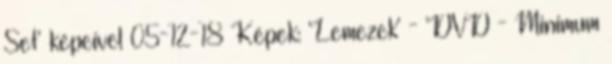
Set' képeivel 05-12-18 Képek: 'Lemezek' - 'DVD - Minimum